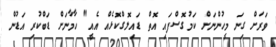
ވަރަށް ގިނަ މީހުންނަށް ކަމުގޮސްފައި އޮތް ޑައިލޮގްކޮޅެއް އެއީ" ހާމާނަށް ޑަބްކުރި އަޑުން